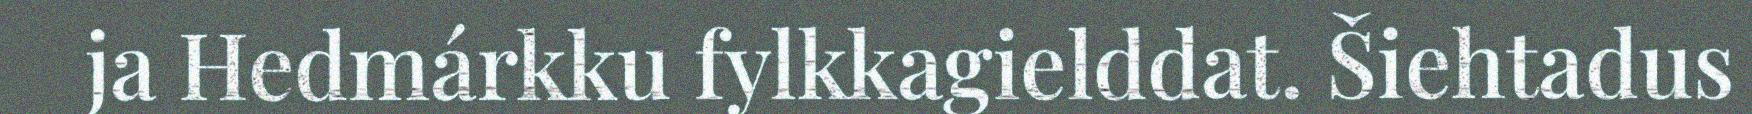
ja Hedmárkku fylkkagielddat. Šiehtadus